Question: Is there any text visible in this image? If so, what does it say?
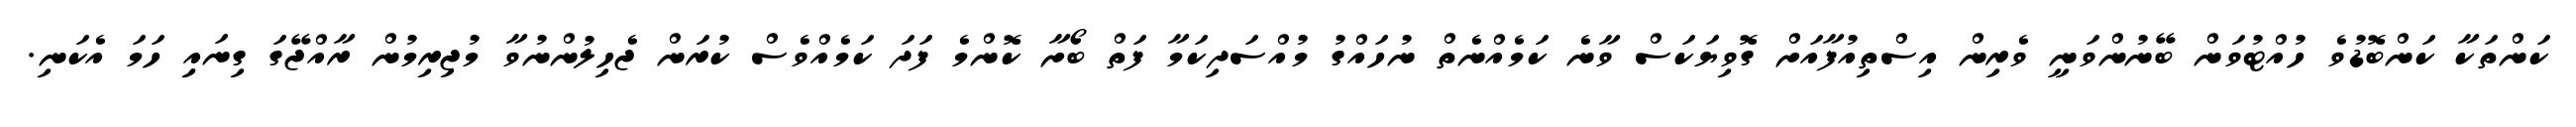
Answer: ކަންތަކާ ކަންބޮޑުވެ ހުއްޓުވަން ބޭނުންވަނީ ވެރިން އިސްތިއުފާއަށް ގޮވިޔަކަސް ވާނެ ކަމެއްނެތް ނުހައްގު މުއްސަދިކަމާ ފަތް ބޯށާ ކޮންމެ ފަދަ ކަމެއްވެސް ކުރަން ޖެހިލުންނުވާ މުޖިރިމުން ރާއްޖޭގަ ގިނައިި ހަމަ އެކަނި.